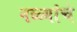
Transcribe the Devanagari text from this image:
नळ्यांचे